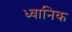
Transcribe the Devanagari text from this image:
ध्‍वानिक